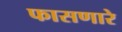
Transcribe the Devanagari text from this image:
फासणारे